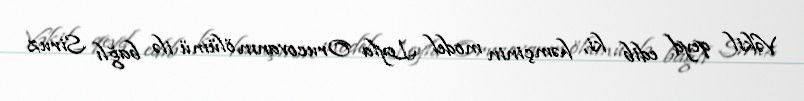
Vəkil qeyd edib ki, həmçinin model Leyla Orucovanın ölümü ilə bağlı Siruz